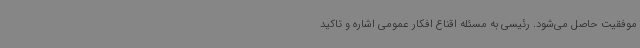
موفقیت حاصل می‌شود. رئیسی به مسئله اقناع افکار عمومی اشاره و تاکید